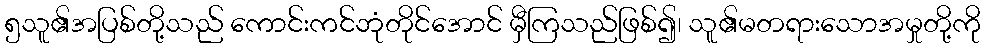
၅သူ၏အပြစ်တို့သည် ကောင်းကင်ဘုံတိုင်အောင် မှီကြသည်ဖြစ်၍၊ သူ၏မတရားသောအမှုတို့ကို